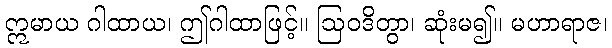
ဣမာယ ဂါထာယ၊ ဤဂါထာဖြင့်။ ဩဝဒိတွာ၊ ဆုံးမ၍။ မဟာရာဇ၊